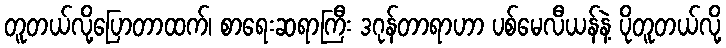
တူတယ်လို့ပြောတာထက်၊ စာရေးဆရာကြီး ဒဂုန်တာရာဟာ ပစ်မေလီယန်နဲ့ ပိုတူတယ်လို့